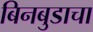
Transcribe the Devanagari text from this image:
बिनबुडाचा